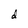
Character: d